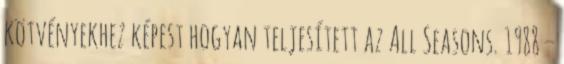
kötvényekhez képest hogyan teljesített az All Seasons. 1988 –